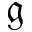
\mathfrak { g }